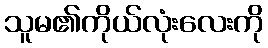
သူမ၏ကိုယ်လုံးလေးကို